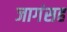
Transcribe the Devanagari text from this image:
जागंसह